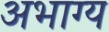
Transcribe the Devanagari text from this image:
अभाग्य